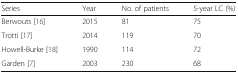
| Series | Year | No. of patients | 5-year LC (%) |
 | --- | --- | --- | --- |
 | Berwouts [16] | 2015 | 81 | 75 |
 | Trotti [17] | 2014 | 119 | 70 |
 | Howell-Burke [18] | 1990 | 114 | 72 |
 | Garden [7] | 2003 | 230 | 68 |